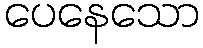
ပေနေသော